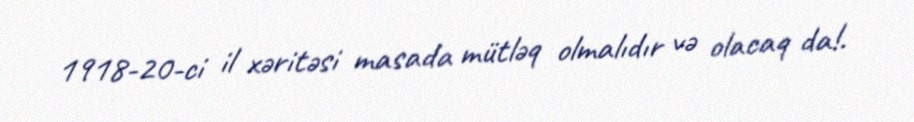
1918-20-ci il xəritəsi masada mütləq olmalıdır və olacaq da!.